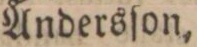
Andersſon,